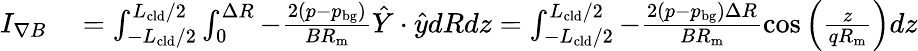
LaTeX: \begin{array}{rl}{I_{\nabla B}}&{{}=\int_{-L_{\mathrm{cld}}/2}^{L_{\mathrm{cld}}/2}\int_{0}^{\Delta R}-\frac{2(p-p_{\mathrm{bg}})}{BR_{\mathrm{m}}}\hat{Y}\cdot\hat{y}dRdz=\int_{-L_{\mathrm{cld}}/2}^{L_{\mathrm{cld}}/2}-\frac{2(p-p_{\mathrm{bg}})\Delta R}{BR_{\mathrm{m}}}\cos{\left(\frac{z}{qR_{\mathrm{m}}}\right)}dz}\end{array}